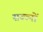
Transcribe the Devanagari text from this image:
सज्ज्नों